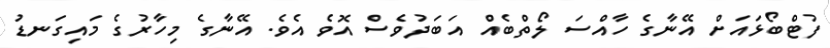
ފުޓްބޯޅައަށް އޭނާގެ ހާއްސަ ލޯތްބެއް އަބަދުވެސް އޮވެ އެވެ. އޭނާގެ މިހާރުގެ މައިގަނޑު